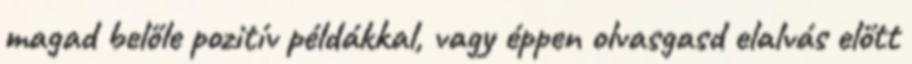
magad belőle pozitív példákkal, vagy éppen olvasgasd elalvás előtt